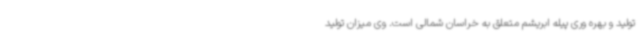
تولید و بهره وری پیله ابریشم متعلق به خراسان شمالی است. وی میزان تولید